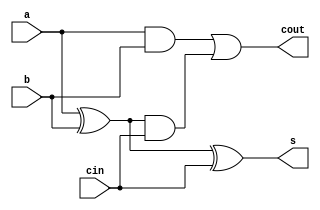
module full_adder(a,b,cin,s,cout);
input a,b,cin;
output s,cout;
xor(w,a,b);
and(c1,a,b);
xor(s,w,cin);
and(c2,w,cin);
or(cout,c1,c2);
endmodule